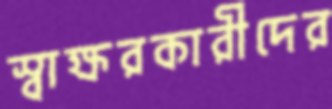
স্বাক্ষরকারীদের